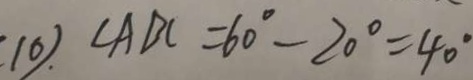
1 0 ) . \angle A D C = 6 0 ^ { \circ } - 2 0 ^ { \circ } = 4 0 ^ { \circ }